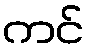
ကင်